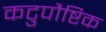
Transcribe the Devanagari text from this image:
कटुपौष्टिक